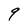
Character: 9